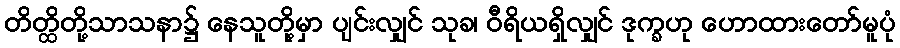
တိတ္ထိတို့သာသနာ၌ နေသူတို့မှာ ပျင်းလျှင် သုခ၊ ဝီရိယရှိလျှင် ဒုက္ခဟု ဟောထားတော်မူပုံ